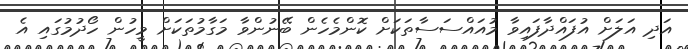
އަދި އަލަށް އުފައްދާފައިވާ މުއައްސަސާތަކަށް ކޮންމެހެން ބޭނުންވާ މަގާމުތަކަށް މީހުން ހޯދުމުގައި އެ